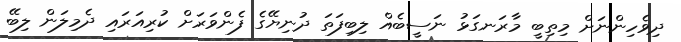
ދިވެހިންނަށް މިތިބީ މާރަނގަޅު ނަސީބެއް ލިބިފަތަ ދުނިޔޭގެ ފެންވަރަށް ކުރިއަރައި ދެމިލަން ލިބޭ